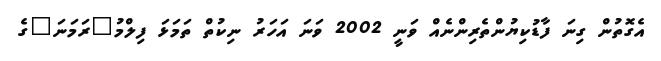
އެގޮތުން ގިނަ ފާޑުކިޔުންތެރިންނެއް ވަނީ 2002 ވަނަ އަހަރު ނިކުތް ތަމަޅަ ފިލްމު"ރަމަނަ"ގެ